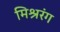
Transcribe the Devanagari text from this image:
मिश्ररंग